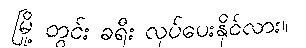
မြို့ တွင်း ခရီး လုပ်ပေးနိုင်လား။